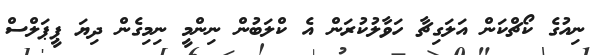
ނިއުގެ ކޯޗްކަން އަލަގިޗާ ހަވާލުކުރަން އެ ކްލަބުން ނިންމީ ނިމިގެން ދިޔަ ޕީޕަލްސް